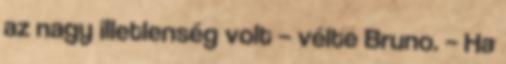
az nagy illetlenség volt – vélte Bruno. – Ha